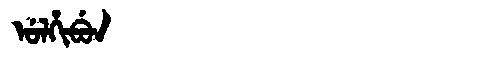
Manchu: ᡠᠯᡥᡳᠪᡠᠨ
Romanization: ULHIBUN